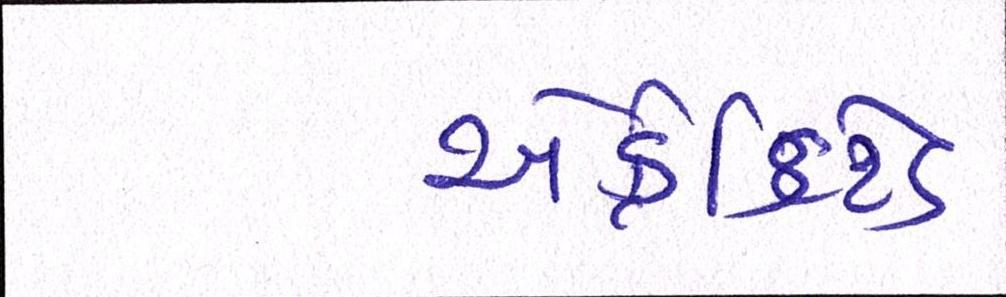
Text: એક્રેડિટેડ